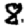
Digit: 8